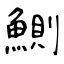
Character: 鰂